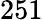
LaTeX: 251